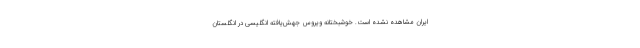
ایران مشاهده نشده است. خوشبختانه ویروس جهش‌یافته انگلیسی در انگلستان